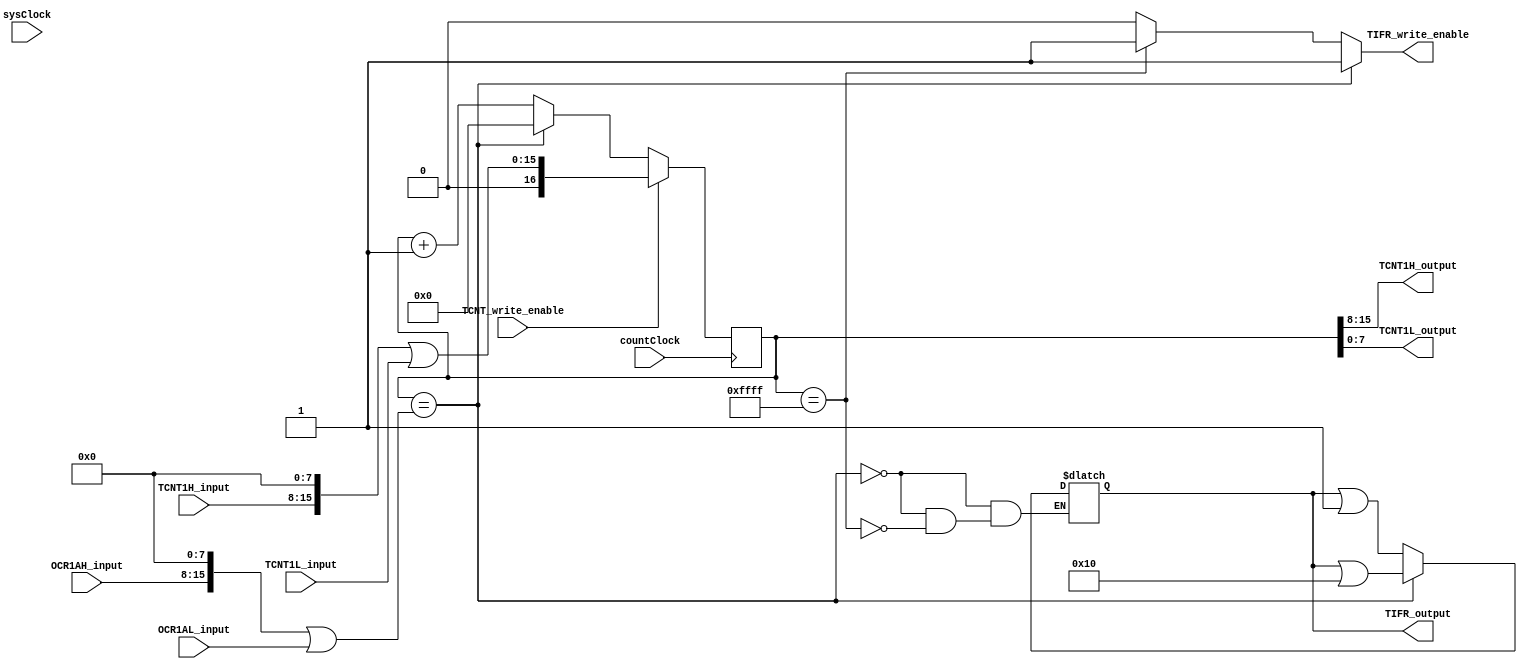
module timer_control_unit(
	input sysClock,					// The system clock
	input [7:0] TCNT1H_input,		// 8 bit input used to update the TCNT1 high register with a specified value
	input [7:0] TCNT1L_input,		// 8 bit input used to update the TCNT1 low register with a specified value
	input [7:0] OCR1AH_input,		// 8 bit input used to update the OCR1 register
	input [7:0] OCR1AL_input,		// 8 bit input used to update the OCR1 register
	
	input countClock,					// Clock signal used to count timer	
	input TCNT_write_enable,		// Input signal to specify whether the TCNT value should be written to with a preload
	
	output TIFR_write_enable,		// Output used to write to the TIFR register		
	output [7:0] TCNT1H_output,	// 8 bit high output for the TCNT register
	output [7:0] TCNT1L_output,	// 8 bit low output for the TCNT register
	output [7:0] TIFR_output		// 8 bit output for the TIFR register
);

reg [16:0] TCNT_write_data = 0;	// The value to be written to the TCNT register
reg [7:0] TIFR_write_data = 0;	// Data to be written to the TIFR register
reg TIFR_we;							// Reg for the write enable for the TIFR register

wire [15:0] TCNT_data = (TCNT1H_input << 8) | TCNT1L_input;
wire [15:0] OCR_data = (OCR1AH_input << 8) | OCR1AL_input;

always @(posedge countClock)
	begin
		if(TCNT_write_enable == 1'b1)
			TCNT_write_data <= TCNT_data;									// If the enable is active, set the TCNT register to the input value
		else if(TCNT_write_data == OCR_data)
				TCNT_write_data = 0;											// Reset the clock counter on OCR match
		else
			TCNT_write_data <= TCNT_write_data + 1'b1;				// If write enable is deactive, increment the count by 1
	end
	
always @(TCNT_write_data)
	begin
		if (TCNT_write_data == OCR_data)
			begin
				TIFR_we = 1'b1;
				TIFR_write_data = TIFR_write_data | 8'b00010000;			// Set the OCF1 of the TIFR on successful compare with OCR
			end
		else if (TCNT_write_data == 16'b1111111111111111)
			begin
				TIFR_we = 1'b1;
				TIFR_write_data = TIFR_write_data | 8'b00000001;			// Set the TOV1 flag of the TIFR on overflow
			end		
		else
			begin
				TIFR_we = 1'b0;
				TIFR_write_data = TIFR_write_data;	
			end	
	end
	
assign TCNT1H_output = TCNT_write_data[15:8];
assign TCNT1L_output = TCNT_write_data[7:0];
assign TIFR_output = TIFR_write_data;
assign TIFR_write_enable = TIFR_we;
	
	
endmodule